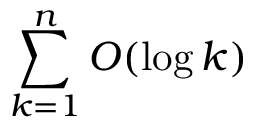
\sum _ { k = 1 } ^ { n } O ( \log k )